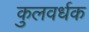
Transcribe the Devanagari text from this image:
कुलवर्धक